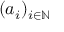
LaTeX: ( a _ { i } ) _ { i \in \mathbb { N } }